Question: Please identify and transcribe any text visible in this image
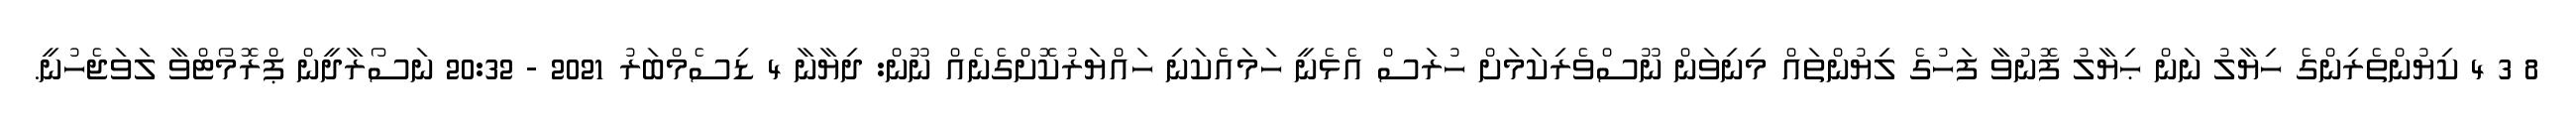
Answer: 8 3 4 ކިޔުންތެރިންގެ ހިޔާލު ނަން ޙިޔާލު ފޮނުވާ ފަހުގެ ލިޔުންތައް މިނިވަން ނޫސްވެރިކަމަށް ހުރަސް އެޅެނީ ހަމައެކަނި ހައްޔަރުކޮށްގެނެއް ނޫން: ދިޔާނާ 4 ޑިސެމްބަރު 2021 - 20:32 ނަސޯރާދީން ޕްރޮމޯޓްވާ ލަވަޖެހުނީ.